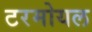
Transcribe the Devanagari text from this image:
टरमोयल